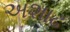
અશાઢ